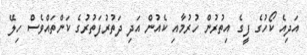
އަދިއެ ކޯހުގެ ފީގެ އިތުރުން ހުރުމާއި ކެއުން އަދި ދަތުރުފަތުރުގެ ކަންތައްވެސް ހިލޭ